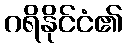
ဂရိနိုင်ငံ၏